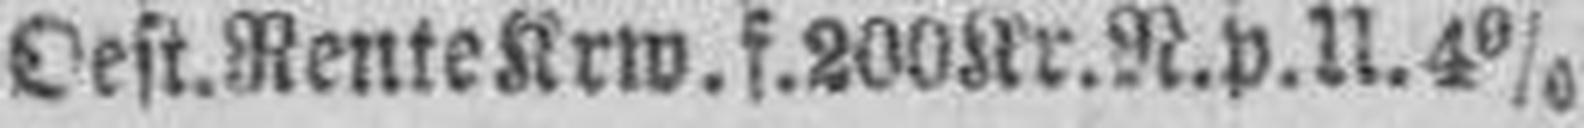
Oest. Rente Krw. f. 200 Kr.N.p.U.4%